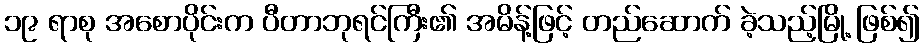
၁၉ ရာစု အစောပိုင်းက ပီတာဘုရင်ကြီး၏ အမိန့်ဖြင့် တည်ဆောက် ခဲ့သည့်မြို့ ဖြစ်၍